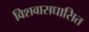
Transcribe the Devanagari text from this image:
विशवासघासित